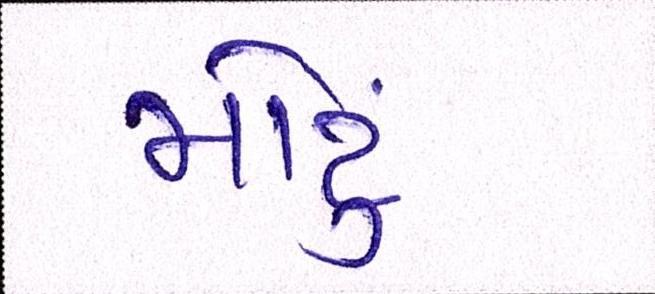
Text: મોટું